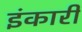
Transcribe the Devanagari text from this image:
इंकारी